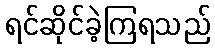
ရင်ဆိုင်ခဲ့ကြရသည်